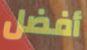
أفضل